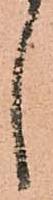
し